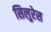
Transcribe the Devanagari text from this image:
सिलुरेस